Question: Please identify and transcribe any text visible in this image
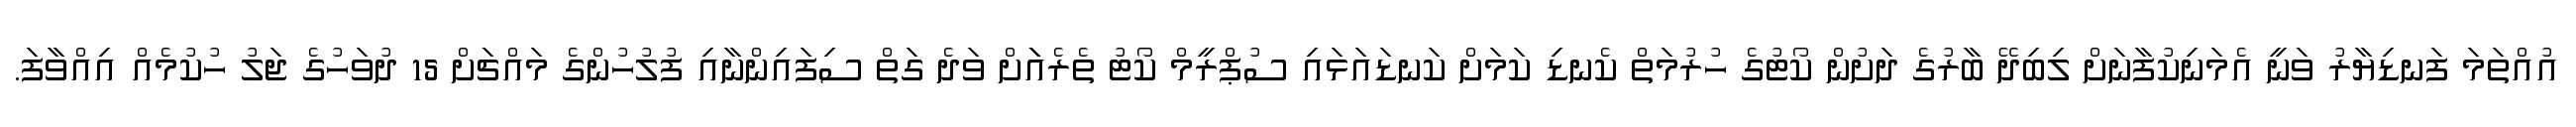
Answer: އުއްތަމަ ފަނޑިޔާރު ވަނީ އެމަނިކުފާނަށް ލިބިދޭ ބާރުގެ ދަށުން ކޯޓުގެ ހުރުމަތް ކެނޑި ކަމަށް ކަނޑައަޅައި ސުޕްރީމް ކޯޓު ތެރެއަަށް ވަދެ ގަތް ސިފައިންނާއި ފުލުހުންގެ މައްޗަށް 15 ދުވަހުގެ ޖަލު ހުކުމެއް އިއްވާފަ.